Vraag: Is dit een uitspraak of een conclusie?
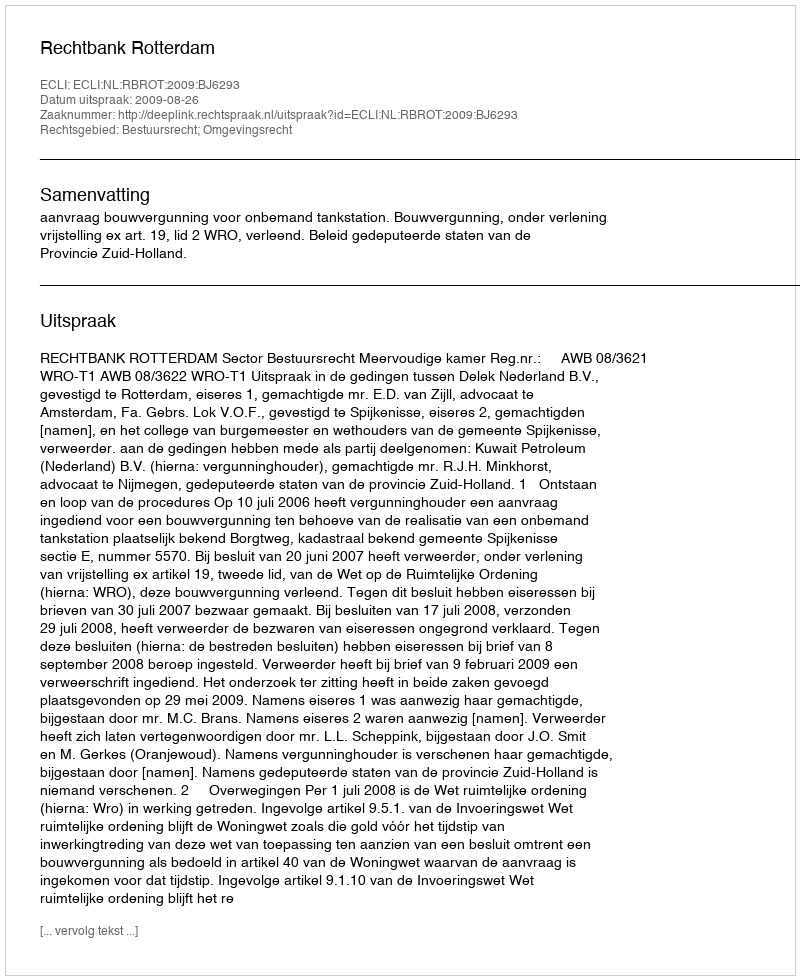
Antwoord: Uitspraak